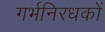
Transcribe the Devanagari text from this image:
गर्भनिरधकों